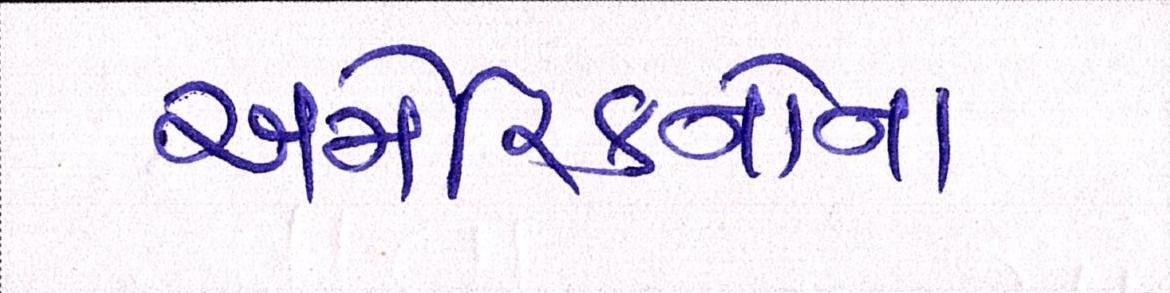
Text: અમેરિકનોના